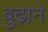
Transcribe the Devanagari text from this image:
बुढ़ाने